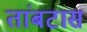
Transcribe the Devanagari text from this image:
तांबटास